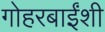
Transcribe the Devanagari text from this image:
गोहरबाईंशी